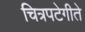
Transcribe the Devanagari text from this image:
चित्रपटेगीते